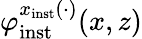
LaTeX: \varphi_{\mathrm{inst}}^{x_{\mathrm{inst}}(\cdot)}(x,z)